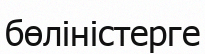
бөліністерге